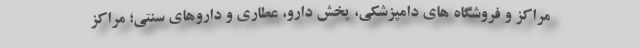
مراکز و فروشگاه های دامپزشکی، پخش دارو، عطاری و داروهای سنتی؛ مراکز